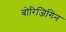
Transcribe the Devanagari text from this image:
बोरिजिगिन